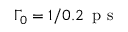
\Gamma _ { 0 } = 1 / 0 . 2 \, \mathrm { ~ p ~ s ~ }